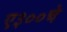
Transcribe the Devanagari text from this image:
ए३००चे